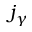
j _ { \gamma }